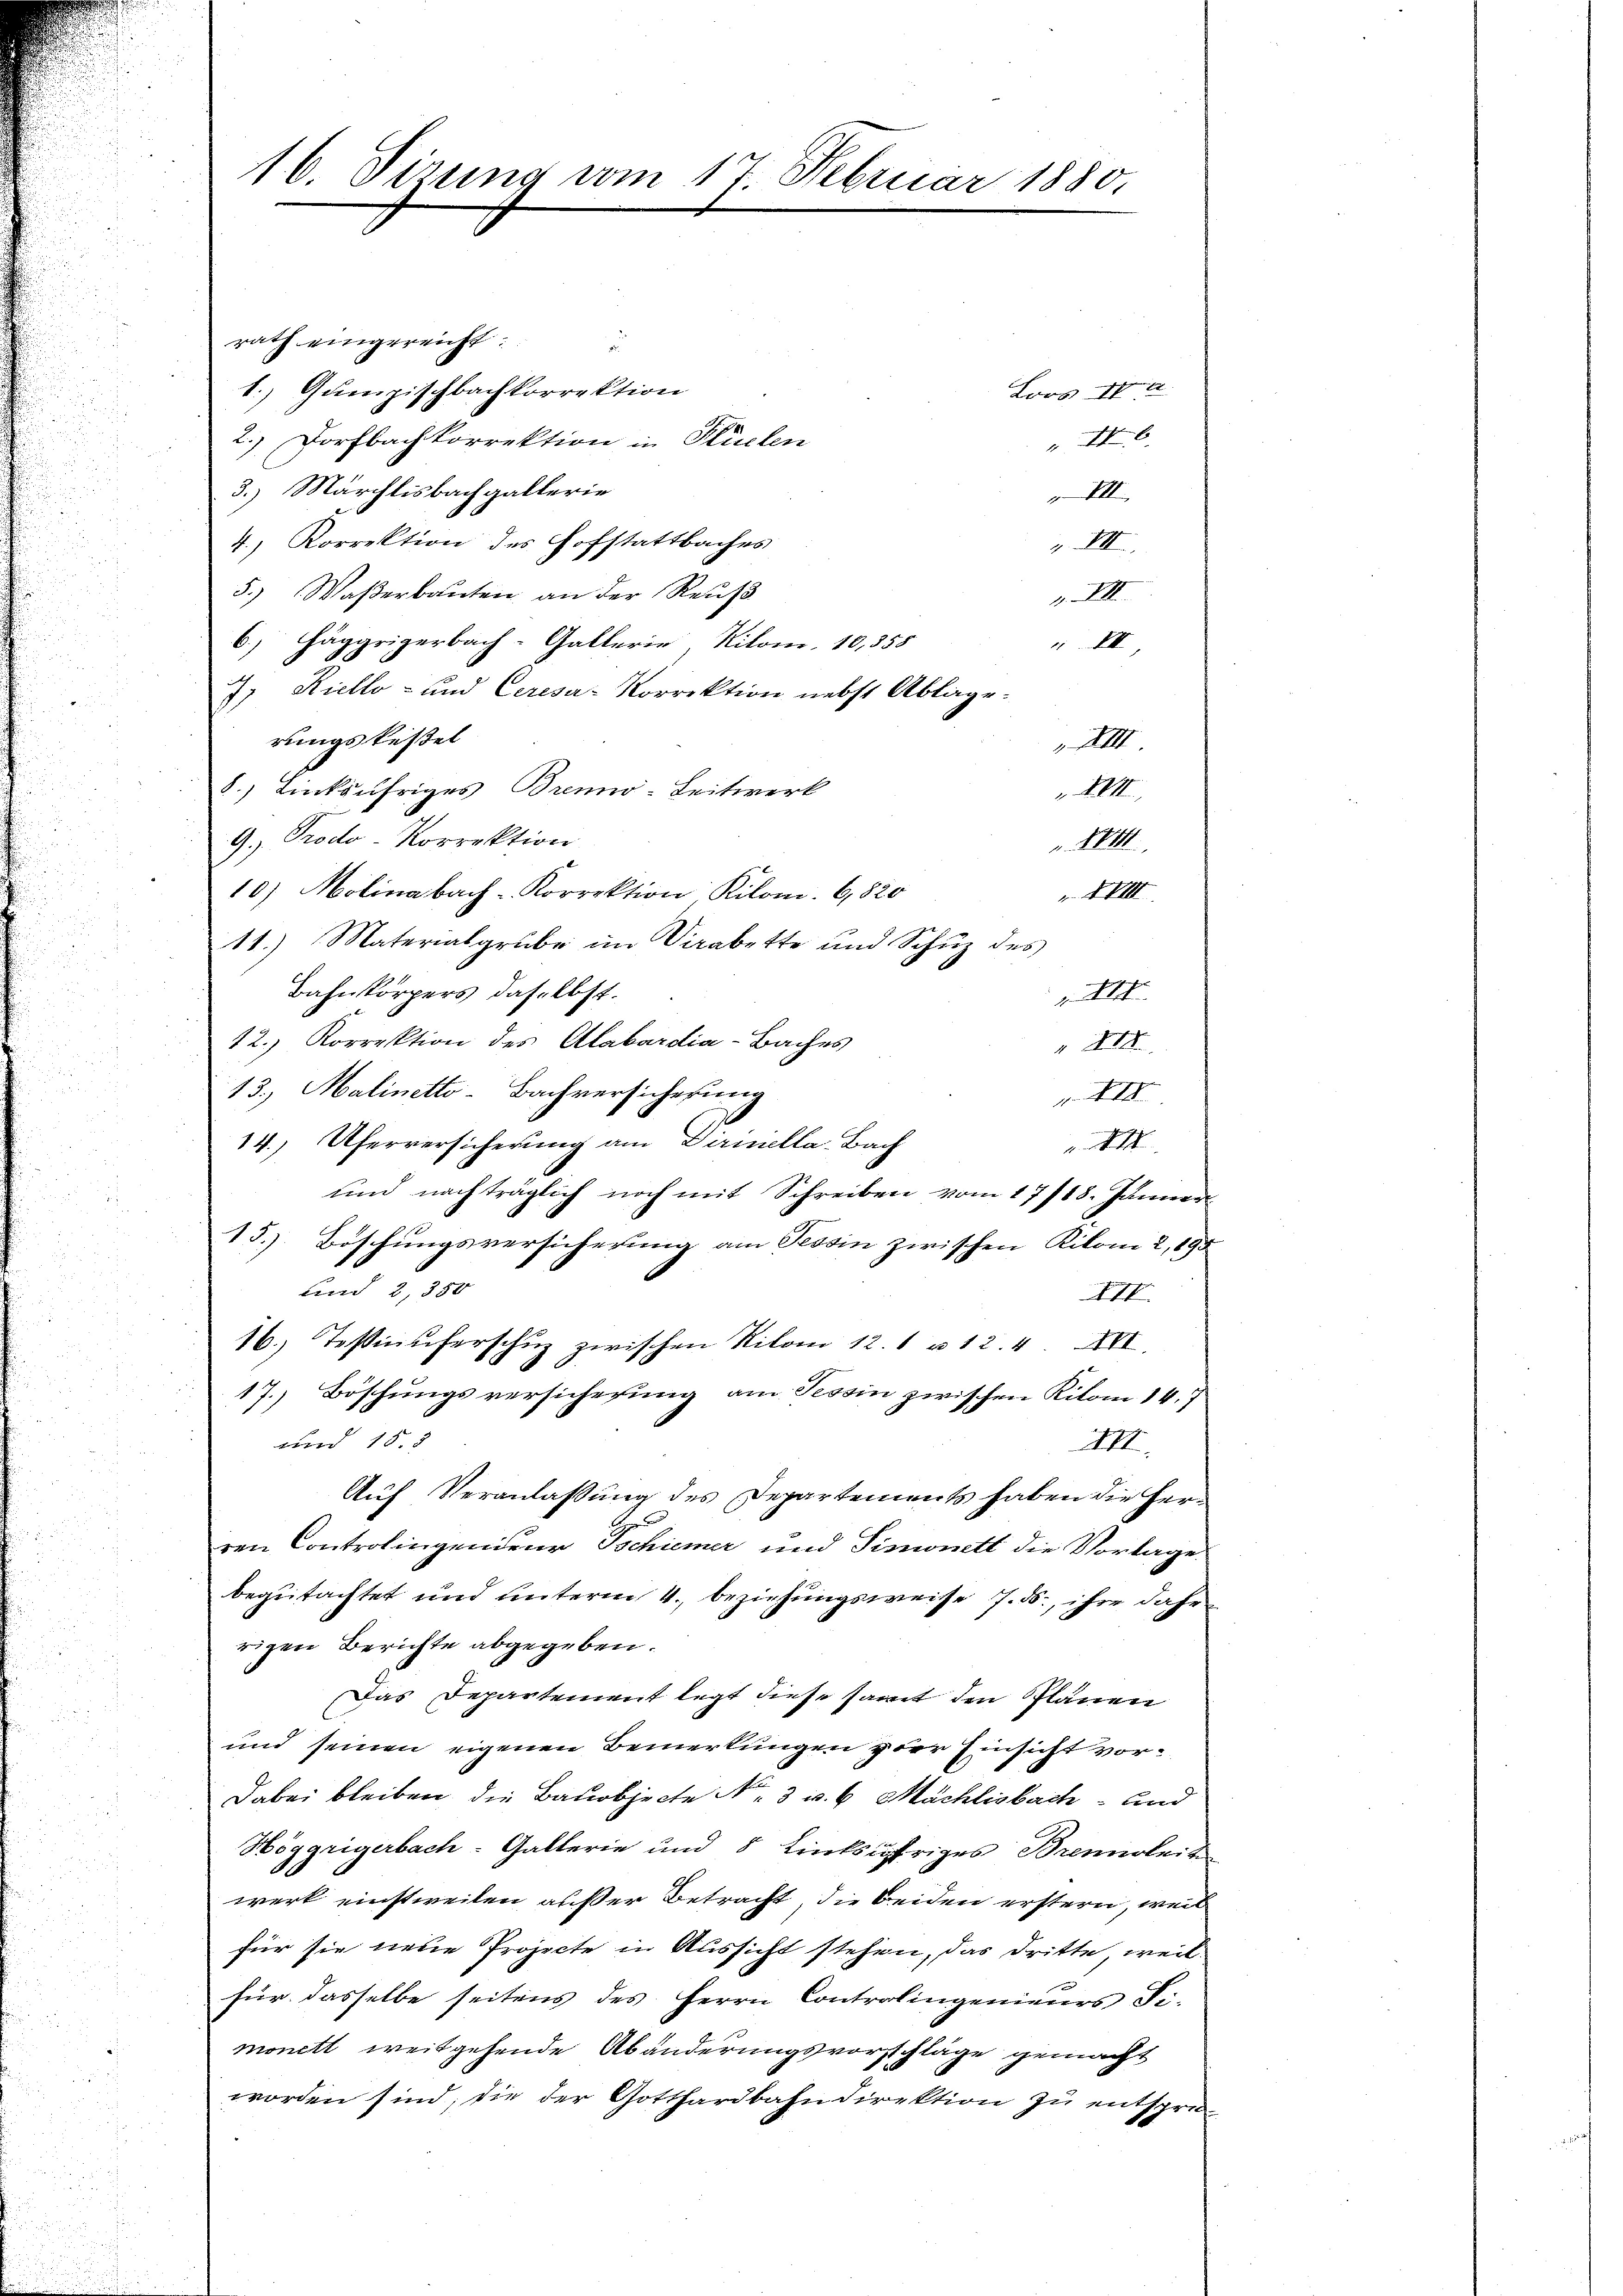
16. Sizung vom 17. Februar 1880.

rath eingereicht.
u
1.) Guenzischbachkorrektion
Loos a
6.
2.) Dorfbachkorrektion in Flüelen
3.) Märchlisbach gallerie
VII
d
529
4., Korrektion des Hofstattbaches
.XII
5.) Waßerbauten an der Reuß
. XIII.
6.) Häggrigerbach-Gallerie, Kilom, 10,358
III,
J. Riello- und Ceresa-Korrektion nebst Ablage.
rungskessel
XIII.
8.) Linksufriges Brenno-Leitwerk
 XXII
9.) Prodo-Korrektion
884
10) Molinabach-Korrektion Kilom. 6,820
 XXIII
11.) Materialgrube im Verabette und Schuz des
Bahnkörpers daselbst.
XII.
12.) Korrektion des Alabardia-Baches
21
13.) Halinetto-Bachversicherung
I
14.) Uferversicherung am Dirinella-Bach
II
und nachträglich noch mit Schreiben vom 17/18. Junnen
.
15.) Böschungsversicherung am Tessin zwischen Kilomi 2, 195
und 2, 350
XII
16. Testinuferschuz zwischen Kilom 12. 1 u 12. 4. XVI.
17. Böschungsversicherung am Tessin zwischen Kilom 14. 7
 158
XII.
Auf Veranlassung des Departements haben die Her¬
A
ren Controlingendeur Ischiener und Sinnett die Vorlage
begutachtet und unterm 4. beziehungsweise 7. ds., ihre dahe
rigen Berichte abgegeben.
Das Departement legt diese samt den Plänen
und seinen eigenen Bemerkungen zur Einsicht vor¬
Dabei bleiben die Bauobjecte No. 3 v. 6. Mächlisbach und
Höggrigerbach-Gallerie und 8 Linksufriges Brenngleit
werk einstweilen außer Betracht, die beiden erstern, weil
für sie neue Projecte in Aussicht stehen, das dritte weil
für dasselbe seitens des Herrn Controlingenieurs Fi-
monett weitgehende Abänderungsvorschläge gemacht
worden sind; die der Gotthardbahndirektion zu entspre¬